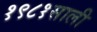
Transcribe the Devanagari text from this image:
१९८१साली